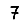
Digit: 7